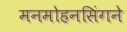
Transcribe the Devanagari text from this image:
मनमोहनसिंगने